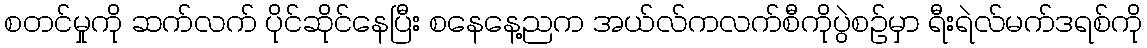
စတင်မှုကို ဆက်လက် ပိုင်ဆိုင်နေပြီး စနေနေ့ညက အယ်လ်ကလက်စီကိုပွဲစဉ်မှာ ရီးရဲလ်မက်ဒရစ်ကို